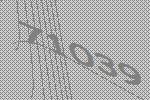
71039